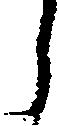
う